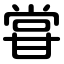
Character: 甞